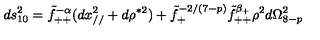
d s _ { 1 0 } ^ { 2 } = \tilde { f } _ { + + } ^ { - \alpha } ( d x _ { / / } ^ { 2 } + d \rho ^ { * 2 } ) + \tilde { f } _ { + } ^ { - 2 / ( 7 - p ) } \tilde { f } _ { + + } ^ { \beta _ { + } } \rho ^ { 2 } d \Omega _ { 8 - p } ^ { 2 }